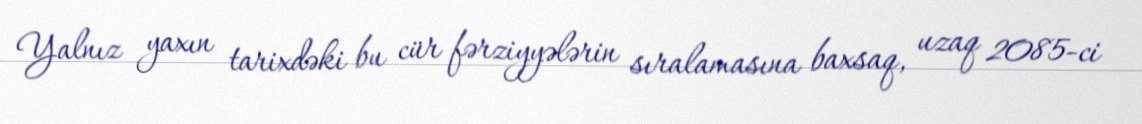
Yalnız yaxın tarixdəki bu cür fərziyyələrin sıralamasına baxsaq, uzaq 2085-ci